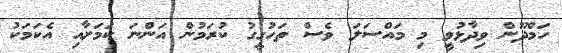
ހަމްދޫން ވިދާޅުވީ މި މައްސަލަ ވެސް ތަހުގީގު ކުރަމުން އަންނަ ކަމަށާއި އެކަމަކު